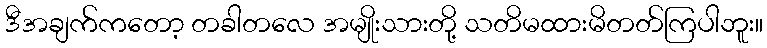
ဒီအချက်ကတော့ တခါတလေ အမျိုးသားတို့ သတိမထားမိတတ်ကြပါဘူး။